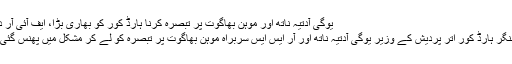
یوگی آدتیہ ناتھ اور موہن بھاگوت پر تبصرہ کرنا ہارڈ کور کو بھاری بڑا، ایف آئی آر درج
ا) سنگر ہارڈ کور اتر پردیش کے وزیر یوگی آدتیہ ناتھ اور آر ایس ایس سربراہ موہن بھاگوت پر تبصرہ کو لے کر مشکل میں پھنس گئی ہیں